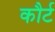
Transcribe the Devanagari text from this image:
कौर्ट